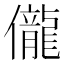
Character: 儱